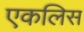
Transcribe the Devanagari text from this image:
एकलिस